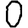
Digit: 0